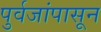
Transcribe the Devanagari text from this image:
पुर्वजांपासून